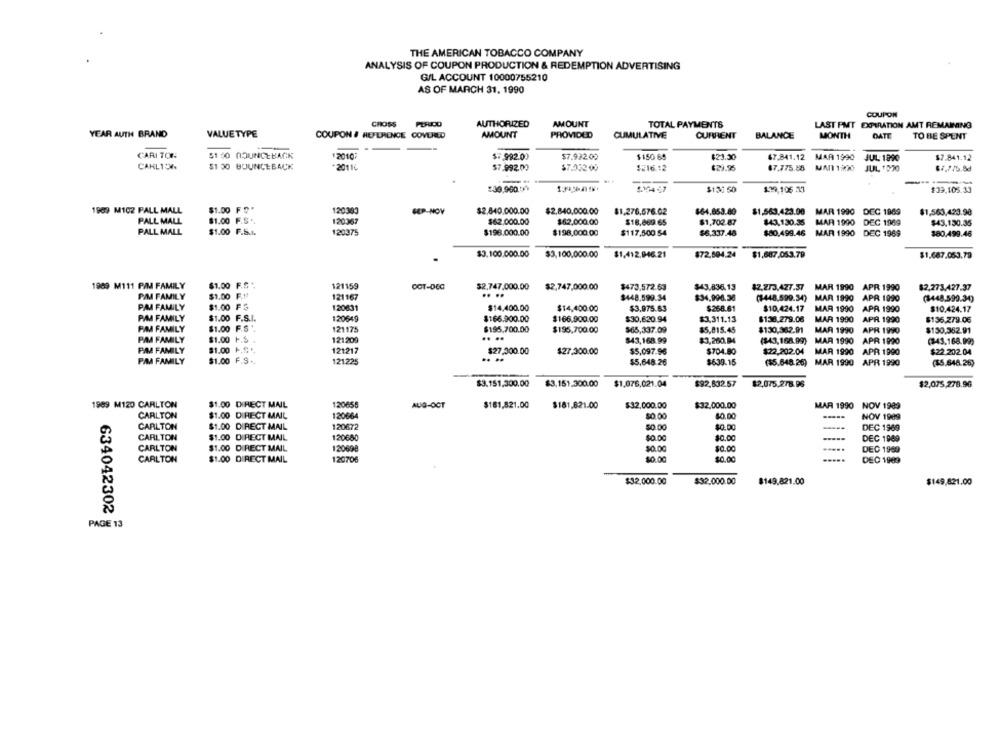
THE AMERICAN TOBACCO COMPANY
ANALYSIS OF COUPON PRODUCTION & REDEMPTION ADVERTISING
G/L ACCOUNT 10000755210
AS OF MARCH 31, 1990
COUPON
CROSS
AUTHORIZED
AMOUNT
TOTAL PAYMENTS
LAST FMT EXPIRATION AMT REMAINING
YEAR AUTH BRAND
VALUETYPE
COUPON # REFERENCE COVERED
AMOUNT
PROVIDED
CUMULATIVE
CURRENT
BALANCE
MONTH
DATE
TO BE SPENT
CARI TON
$1 00 0OUNCEBACK
20107
$7992.00
$7.992.00
$150 69
$23.30
67.841.12
MAR 1990
JUL 1890
$7.841.12
CAKLION
$1 30 BOUNCEBACK
+20116
$7.992.00
$7.052 00
1216.12
67.775.58 MAN 1200
JUL 1020
$131 50
$39.105.33
2004 47
139,105 33
1989 M102 PALL MALL
$1.00 F 5*
120383
SEP-NOV
$2.840.000.00
$2.840,000.00
81.276,576.02
$1,563.423.90 MAR 1990 DEC 1989
$1,563,423.90
$64,853.80
PALL MALL
$1.00 F.S .
120367
$62.000.00
$62.000.00
$18.069 65
$1,702.87
843,130.35
MAR 1900 DEC 1969
$43,130.35
PALL MALL
$1.00 F.S.t.
120375
$198.000.00
$198,000.00
$117,500 .54
$6.337.48
$80.499.46
MAR 1990 DEC 1969
$80.499.46
$3.100.000.00
$3,100,000.00
$1,412,946.21
$72,504.24
$1,687.053.79
$1,687.053.79
1969 M111 PIM FAMILY
$1.00 F.S ".
121159
OOT-DEC
$2.747,000.00
$2,747,000.00
$473.572.63
$43.836.13
$2.2/3,427.37 MAR 1990 APR 1990
$2,273,427.37
PAM FAMILY
$1.00 F.Nº
121167
....
$448,599.34
$34,990.38
($448.599.34) MAR 1990 APR 1990
(3448,599.34)
PAA FAMILY
$1.00 F &
120631
$14.400.00
$14,400.00
$3,975.63
$268.61
$10,424.17
MAR 1990
APR 1990
$10.424.17
PIM FAMILY
$1.00 F.S.I.
120649
$166.900.00
$166.900.00
$30,620.94
$3.311.13
$136.279.06
MAR 1990
APR 1990
$136,279.06
PIM FAMILY
$1.00 F.S"
121175
$195.700.00
$195,700.00
$65,337.09
$5,815.45
$130,362.91
MAR 1990
APR 1990
$150,352.91
PAM FAMILY
$1.00 F.S
121209
....
$43,168.99
$3,260.04
($43,168.99)
MAR 1990
APR 1990
(343,168.99)
PAM FAMILY
$1.00 1.S .
121217
$27.300.00
$27,300.00
$5,097.96
$704.80
$22,202.04
$22.202.04
PAM FAMILY
$1.00 F.S .
121225
$639.15
$5,648.26
($5.648.26) MAR 1990 APR 1990
($5.648.26)
$3.151,300.00
$3.151.300.00
$1,076,021.04
$92,632.57
$2,075.278.96
$2,075,278.96
1989 M120 CARLTON
$1.00 DIRECT MAIL
120658
AUG-OCT
$181,821.00
$181,821.00
$32,000.00
$32.000.00
MAR 1990 NOV 1989
CARLTON
$1.00 DIRECT MAIL
120664
$0.00
$0.00
.....
NOV 1999
CARLTON
$1.00 DIRECT MAIL
120672
50.00
$0.00
DEC 1969
CARLTON
$1.00 DIRECT MAIL
120680
$0.00
$0.00
DEC 1989
CARLTON
$1.00 DIRECT MAIL
120698
$0.00
$0.00
...
DEC 1969
120706
$0.00
$0.00
CARLTON
$1.00 DIRECT MAIL
DEC 1989
$32.000.00
$149.821.00
$32,000.00
$149,821.00
634042302
PAGE 13